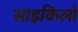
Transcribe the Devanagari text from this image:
साइकिलो